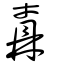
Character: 鼒